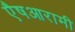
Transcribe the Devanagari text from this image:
एैषआरामी